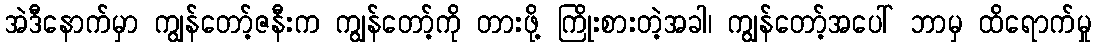
အဲဒီနောက်မှာ ကျွန်တော့်ဇနီးက ကျွန်တော့်ကို တားဖို့ ကြိုးစားတဲ့အခါ၊ ကျွန်တော့်အပေါ် ဘာမှ ထိရောက်မှု